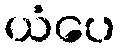
ယံပေ